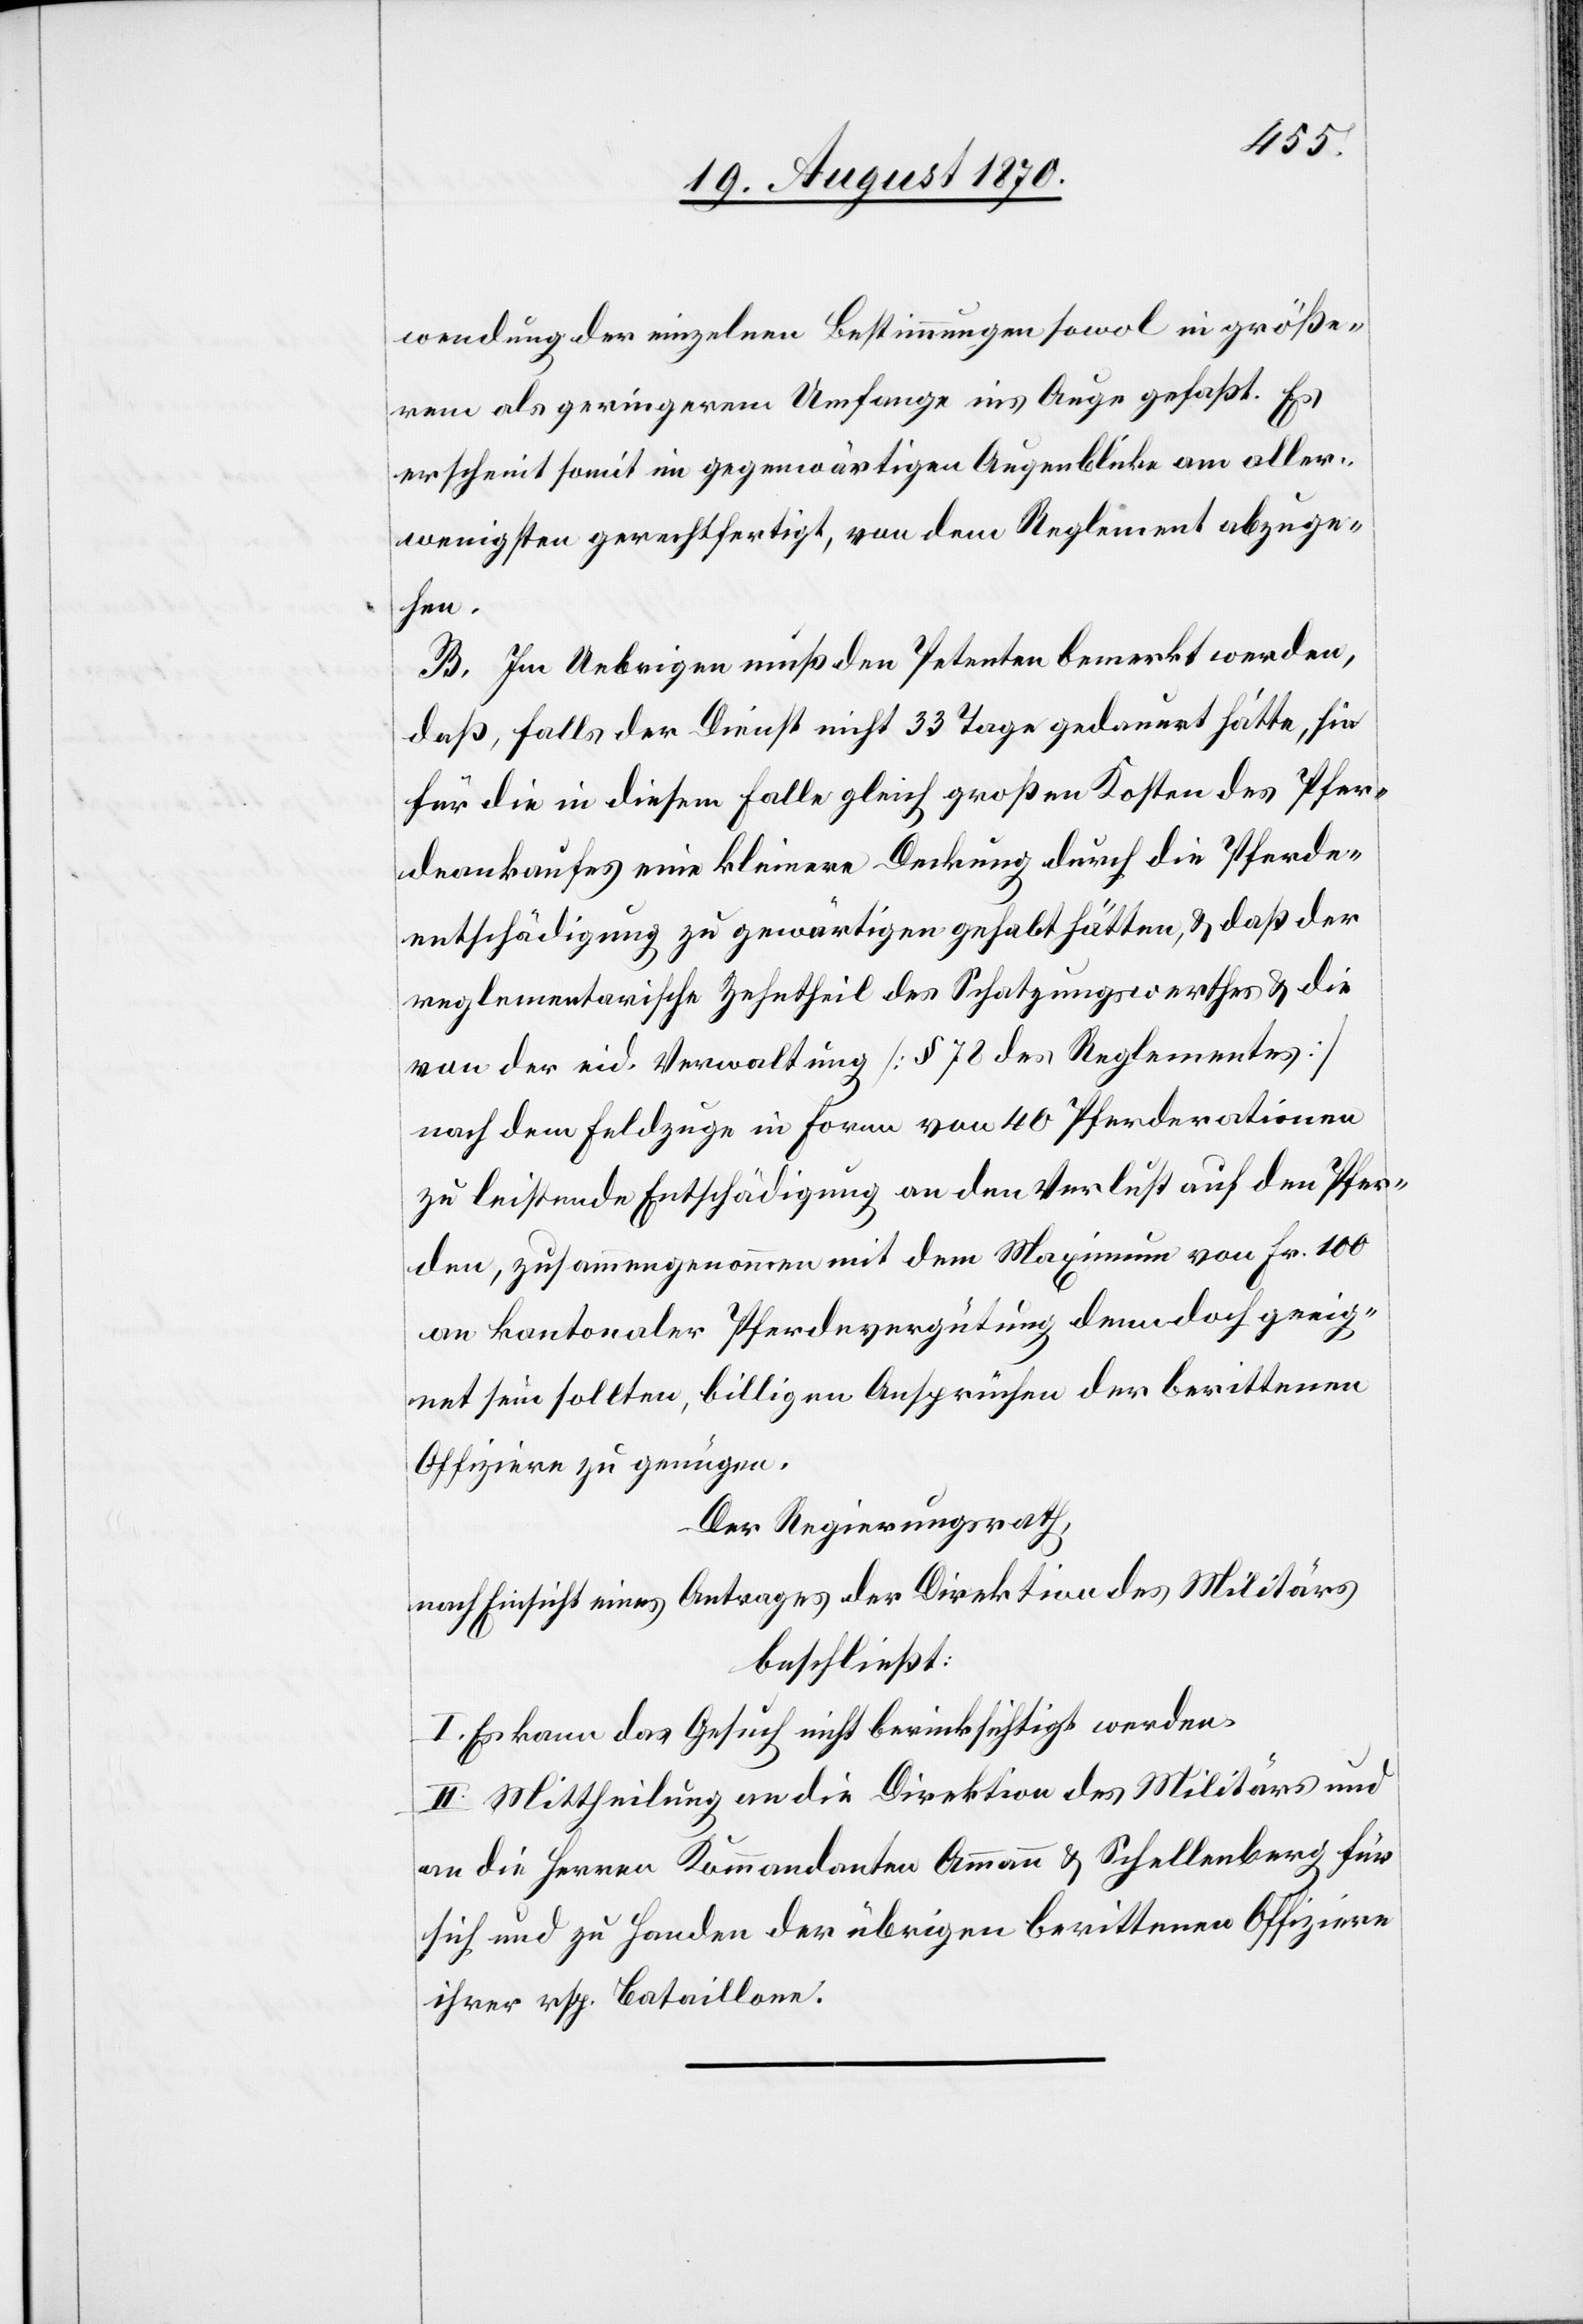
wendung der einzelnen Bestimmungen sowol in größe¬
rem als geringerem Umfange ins Auge gefaßt. Es
erscheint somit im gegenwärtigen Augenblicke am aller¬
wenigsten gerechtfertigt, von dem Reglement abzuge¬
hen.
B. Im Uebrigen muß den Petenten bemerkt werden,
daß, falls der Dienst nicht 33 Tage gedauert hätte, sie
für die in diesem Falle gleich großen Kosten des Pfer¬
dekaufes eine kleinere Deckung durch die Pferde¬
entschädigung zu gewärtigen gehabt hätten, & daß der
reglementarische Zehntheil des Schatzungswerthes & die
von der eid. Verwaltung [§ 78 des Reglements]
nach dem Feldzuge in Form von 40 Pferderationen
zu leistende Entschädigung an den Verlust auf den Pfer¬
den, zusammengenommen mit dem Maximum von Fr. 100
an kantonaler Pferdevergütung denn doch geeig¬
net sein sollten, billigen Ansprüchen der berittenen
Offiziere zu genügen.
Der Regierungsrath,
nach Einsicht eines Antrages der Direktion des Militärs
beschließt:
I. Es kann das Gesuch nicht berücksichtigt werden.
II. Mittheilung an die Direktion des Militärs und
an die Herren Kommandanten Ammann & Schellenberg für
sich und zu Handen der übrigen berittenen Offiziere
ihrer resp. Bataillone.